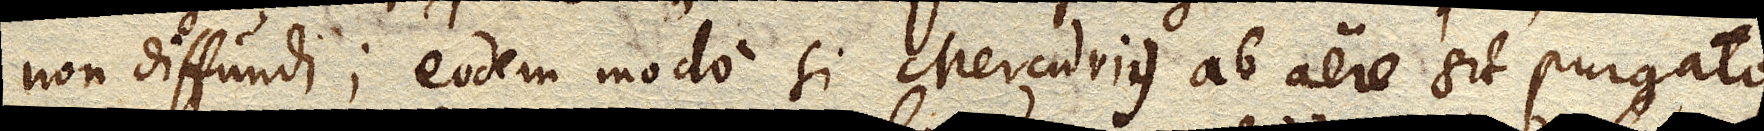
non diffundi; eodem modo si Mercurius ab aere sit purgatus,